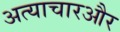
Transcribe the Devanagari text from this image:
अत्याचारऔर